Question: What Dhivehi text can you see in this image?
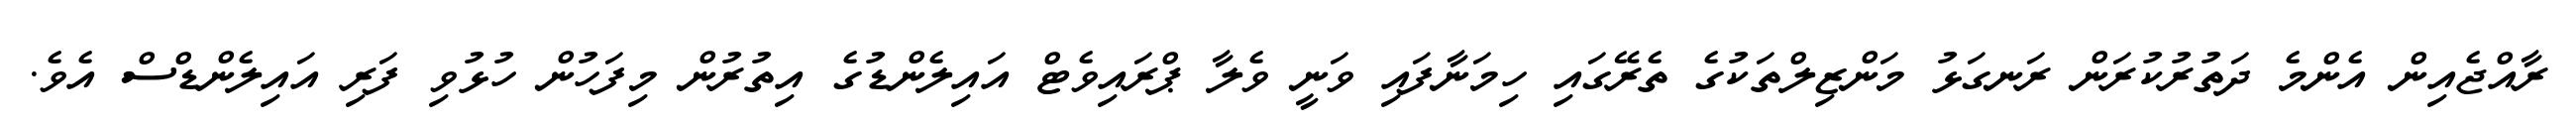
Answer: ރާއްޖެއިން އެންމެ ދަތުރުކުރަން ރަނގަޅު މަންޒިލްތަކުގެ ތެރޭގައި ހިމަނާފައި ވަނީ ވެލާ ޕްރައިވެޓް އައިލެންޑުގެ އިތުރުން މިފަހުން ހުޅުވި ފަރި އައިލެންޑްސް އެވެ.